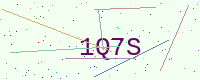
Text: 1Q7S